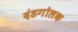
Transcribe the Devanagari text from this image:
दंडगोलक